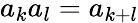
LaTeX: a_{k}a_{l}=a_{k+l}